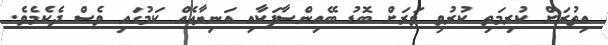
އިތުރަށް ކުރިމަތި ކުރުވި ވަރަށް ބޮޑު ބޭއިންސާފަކާއި އަނިޔާއެއް ކަމުގައި ވެސް ދެކެމެވެ.